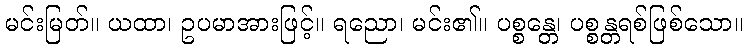
မင်းမြတ်။ ယထာ၊ ဥပမာအားဖြင့်။ ရညော၊ မင်း၏။ ပစ္စန္တေ၊ ပစ္စန္တရစ်ဖြစ်သော။